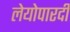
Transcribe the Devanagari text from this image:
लेयोपारदी